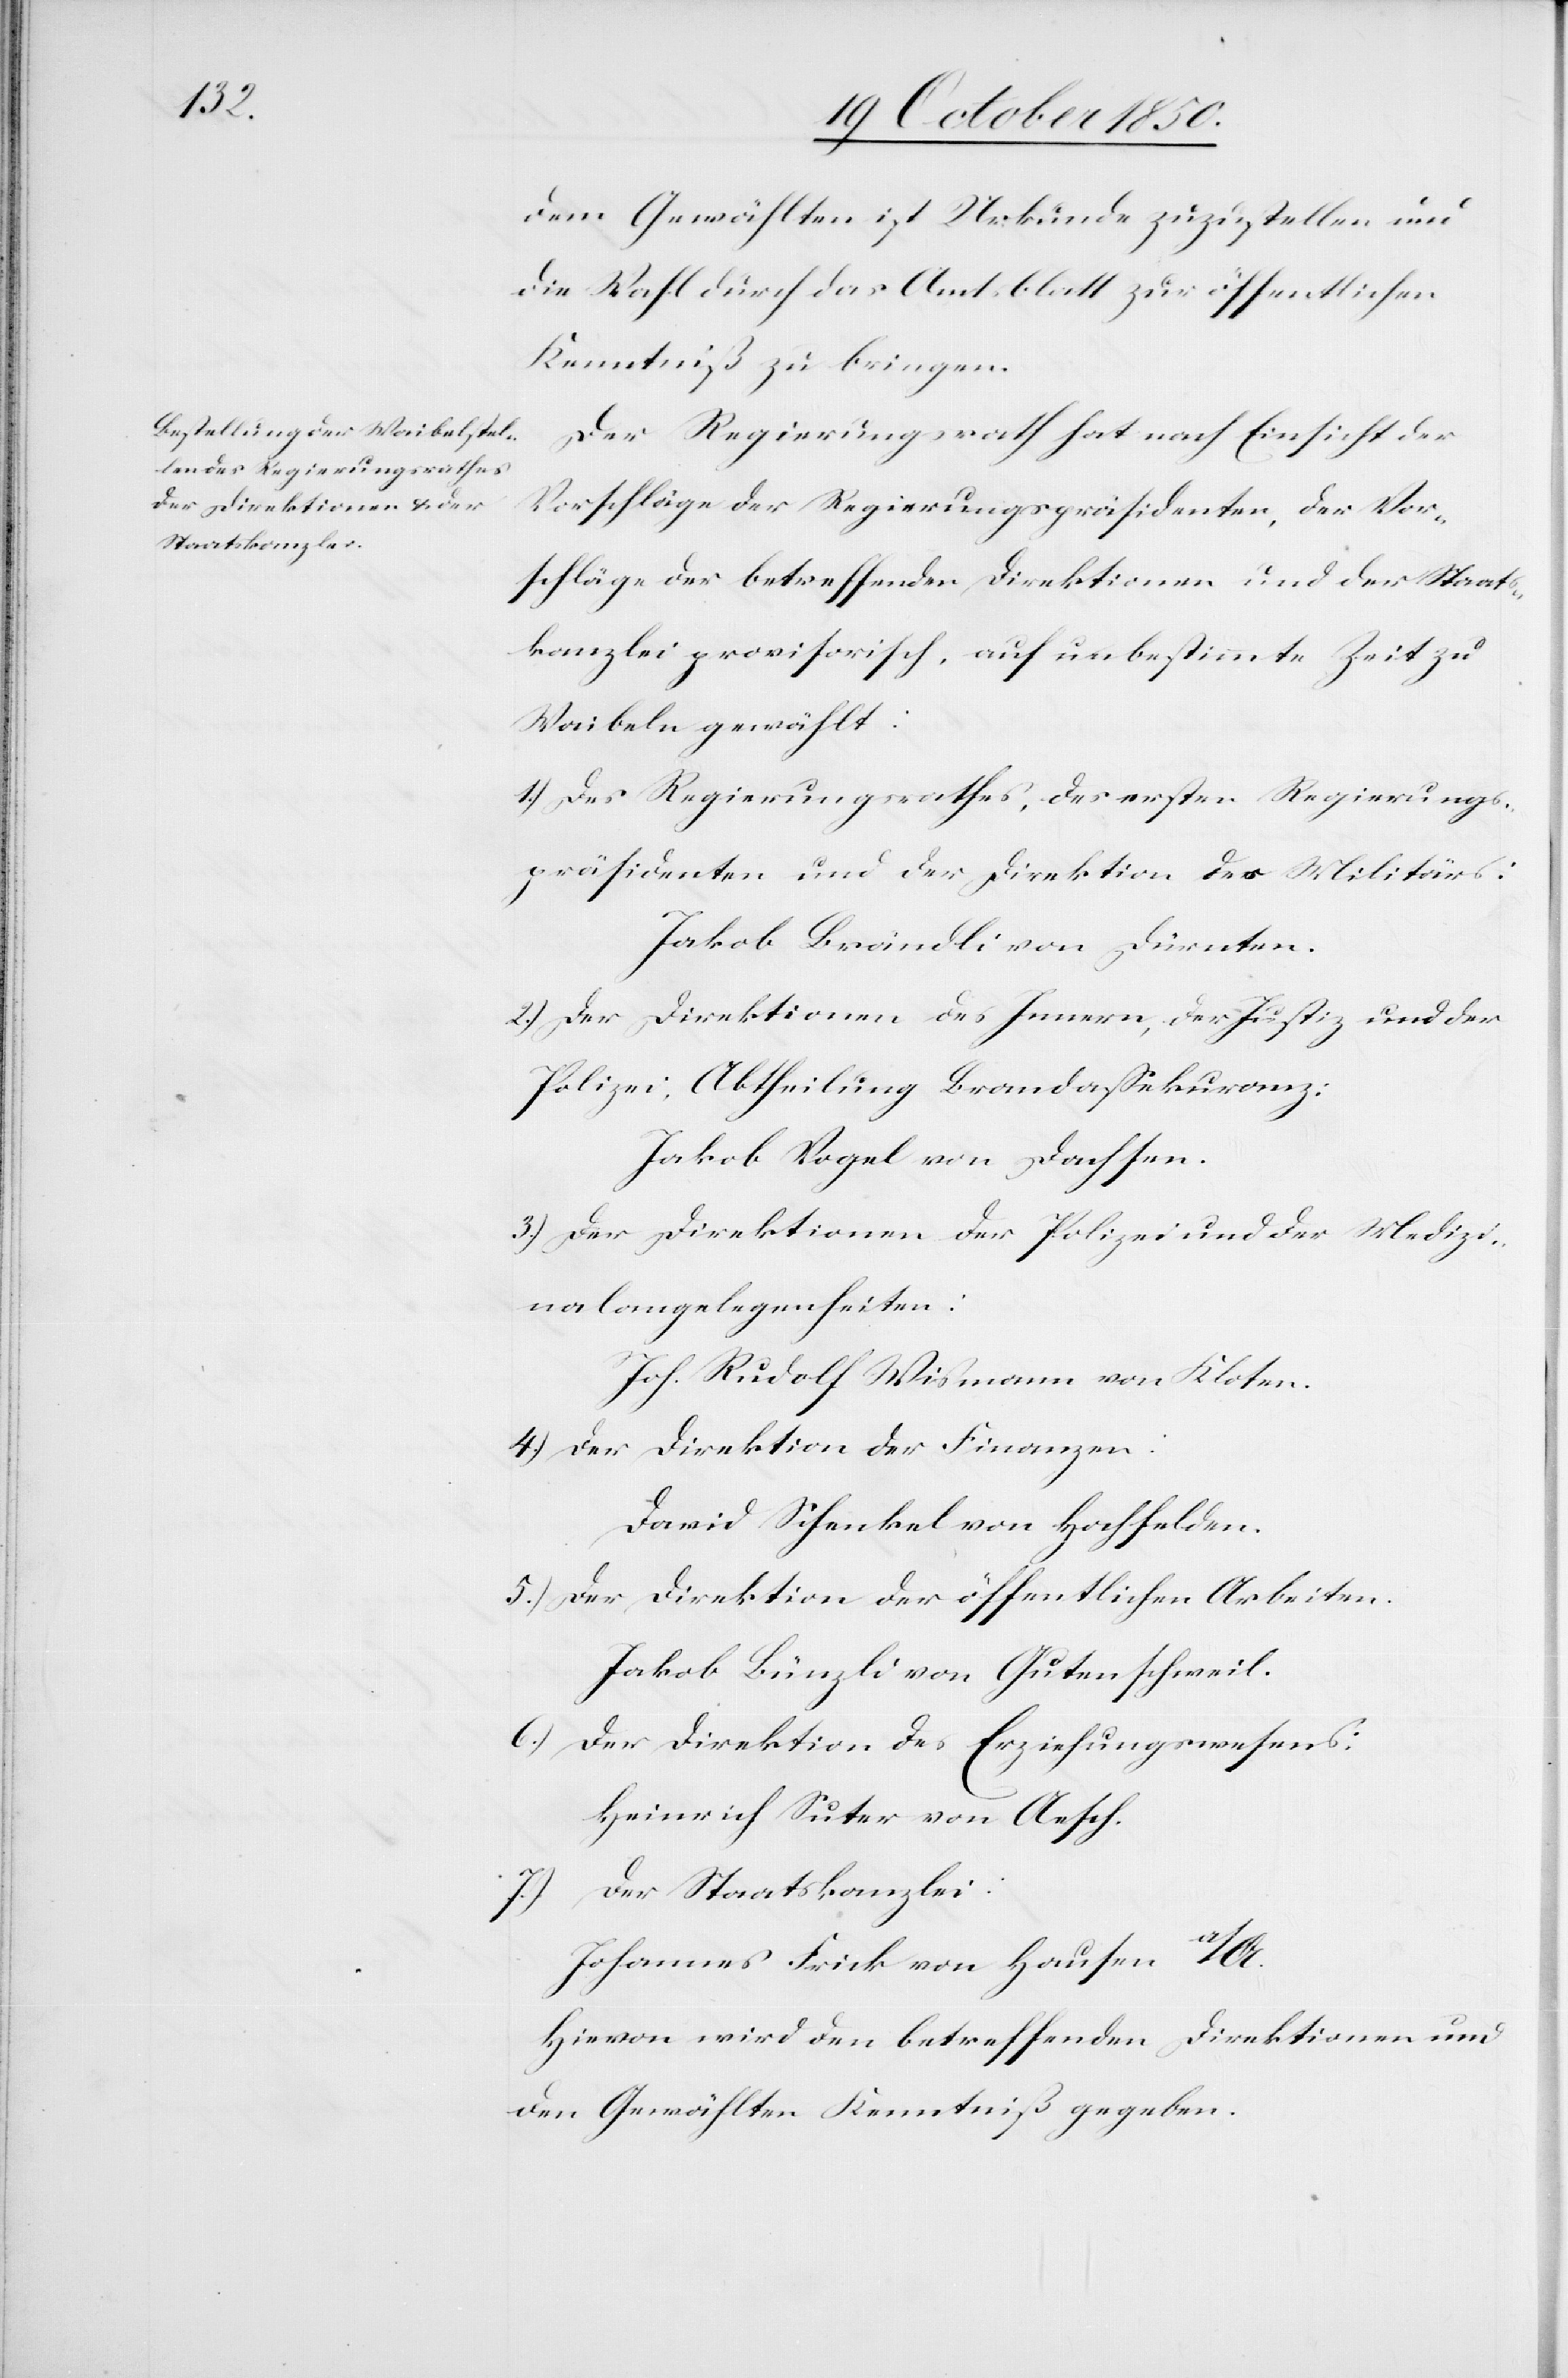
dem Gewählten ist Urkunde zuzustellen und
die Wahl durch das Amtsblatt zur öffentlichen
Kenntniß zu bringen.
Der Regierungsrath hat nach Einsicht der
Vorschläge der Regierungspräsidenten, der Vor¬
schläge der betreffenden Direktionen und der Staats¬
kanzlei provisorisch, auf unbestimmte Zeit zu
Waibeln gewählt:
1.) Des Regierungsrathes, des ersten Regierungs¬
präsidenten und der Direktion des Militärs:
Jakob Brändli von Dürnten.
2.) Der Direktionen des Innern, der Justiz und der
Polizei, Abtheilung Brandassekuranz:
Jakob Vogel von Dachsen.
3.) Der Direktionen der Polizei und der Medizi¬
nalangelegenheiten:
Joh. Rudolf Wismann von Kloten.
4.) Der Direktion der Finanzen:
David Schenkel von Hochfelden.
5.) Der Direktion der öffentlichen Arbeiten.
Jakob Bünzli von Gutenschweil.
6.) Der Direktion des Erziehungswesens:
Heinrich Suter von Aesch.
Der Staatskanzlei:
Johannes Frick von Hausen a/A.
Hievon wird den betreffenden Direktionen und
den Gewählten Kenntniß gegeben.